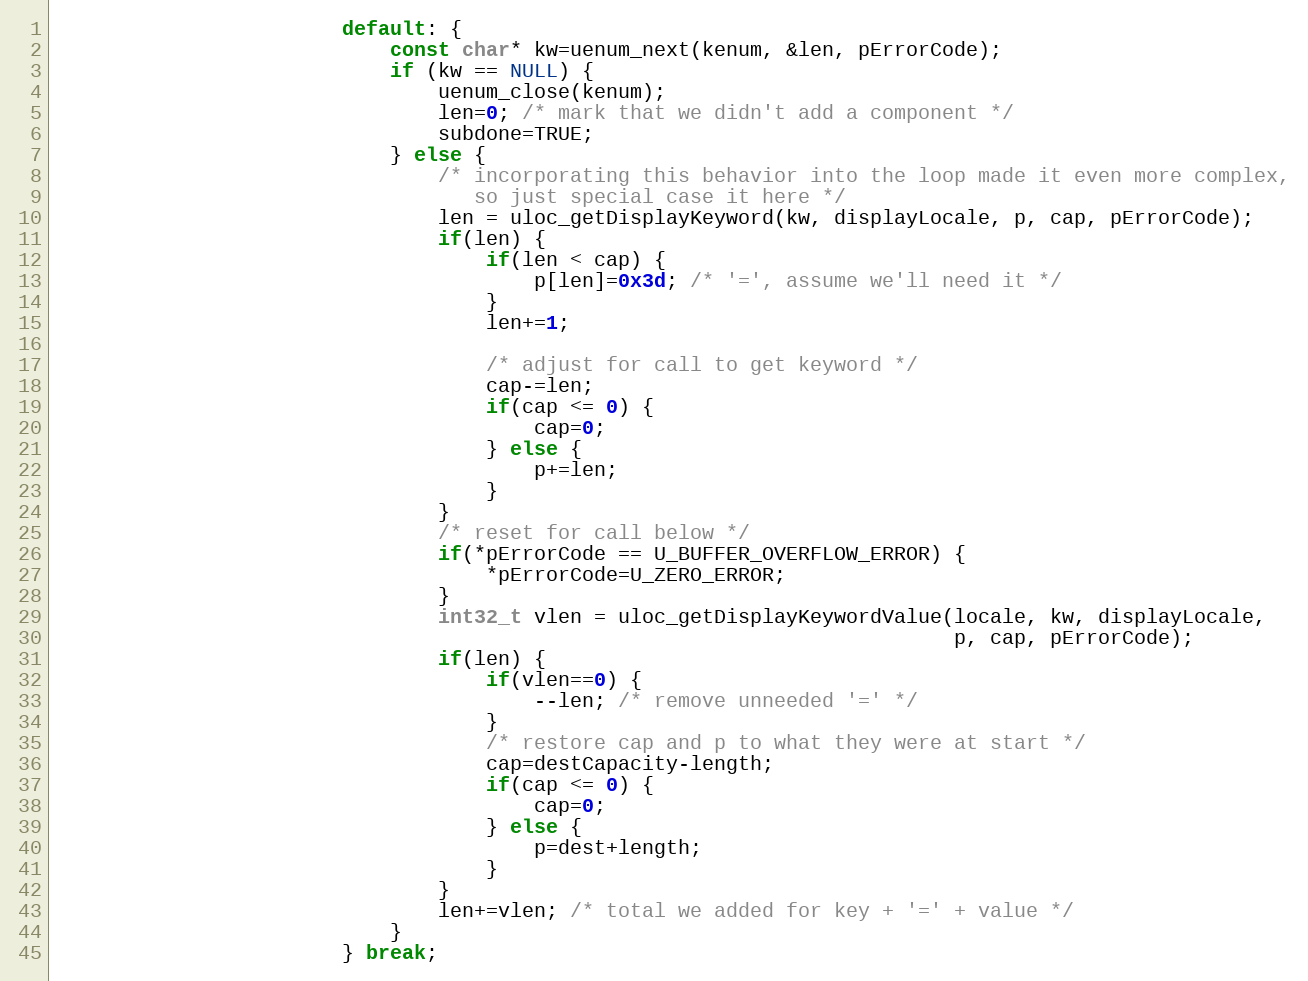
Language: C++
                        default: {
                            const char* kw=uenum_next(kenum, &len, pErrorCode);
                            if (kw == NULL) {
                                uenum_close(kenum);
                                len=0; /* mark that we didn't add a component */
                                subdone=TRUE;
                            } else {
                                /* incorporating this behavior into the loop made it even more complex,
                                   so just special case it here */
                                len = uloc_getDisplayKeyword(kw, displayLocale, p, cap, pErrorCode);
                                if(len) {
                                    if(len < cap) {
                                        p[len]=0x3d; /* '=', assume we'll need it */
                                    }
                                    len+=1;

                                    /* adjust for call to get keyword */
                                    cap-=len;
                                    if(cap <= 0) {
                                        cap=0;
                                    } else {
                                        p+=len;
                                    }
                                }
                                /* reset for call below */
                                if(*pErrorCode == U_BUFFER_OVERFLOW_ERROR) {
                                    *pErrorCode=U_ZERO_ERROR;
                                }
                                int32_t vlen = uloc_getDisplayKeywordValue(locale, kw, displayLocale,
                                                                           p, cap, pErrorCode);
                                if(len) {
                                    if(vlen==0) {
                                        --len; /* remove unneeded '=' */
                                    }
                                    /* restore cap and p to what they were at start */
                                    cap=destCapacity-length;
                                    if(cap <= 0) {
                                        cap=0;
                                    } else {
                                        p=dest+length;
                                    }
                                }
                                len+=vlen; /* total we added for key + '=' + value */
                            }
                        } break;